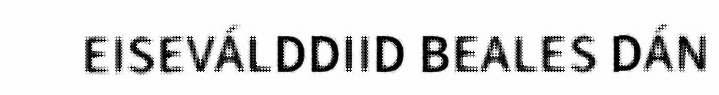
EISEVÁLDDIID BEALES DÁN